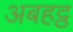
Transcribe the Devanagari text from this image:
अबहट्ठ